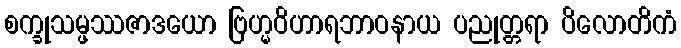
စက္ခုသမ္ဖဿဇာဒယော ဗြဟ္မဝိဟာရဘာဝနာယ ပညုတ္တရာ ပိလောတိကံ